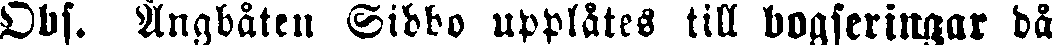
Obs. Ångbåten Sibbo upplåtes till bogseringar då